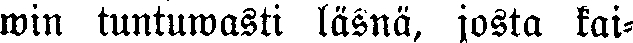
win tuntuwasti läsnä, josta kai-